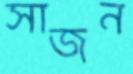
সাজন